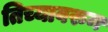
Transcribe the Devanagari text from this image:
तिच्यावरुन